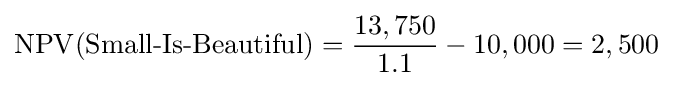
\operatorname {NPV} ({\text{Small-Is-Beautiful}})={\frac {13,750}{1.1}}-10,000=2,500